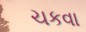
ચકવા